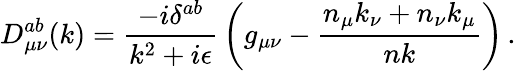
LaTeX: D_{\mu\nu}^{ab}(k)={\frac{-i\delta^{ab}}{k^{2}+i\epsilon}}\left(g_{\mu\nu}-{\frac{n_{\mu}k_{\nu}+n_{\nu}k_{\mu}}{nk}}\right)\, .